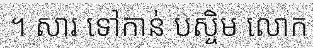
។ សារ ទៅកាន់ បស្ចិម លោក